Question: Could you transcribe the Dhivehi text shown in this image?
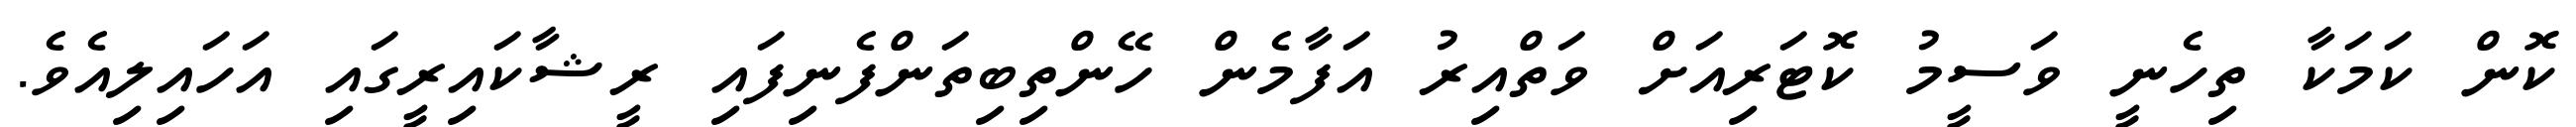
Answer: ކޮން ކަމަކާ ތިހެނީ ވަސީމު ކޮޓަރިއަށް ވަތްއިރު އަފާމެން ހޭންތިބިތަންފެނިފައި ރީޝާކައިރީގައި އަހައިލިއެވެ.